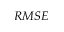
R M S E